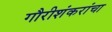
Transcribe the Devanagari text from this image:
गौरीशंकरांचा